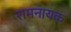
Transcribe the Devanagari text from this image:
रामनायक